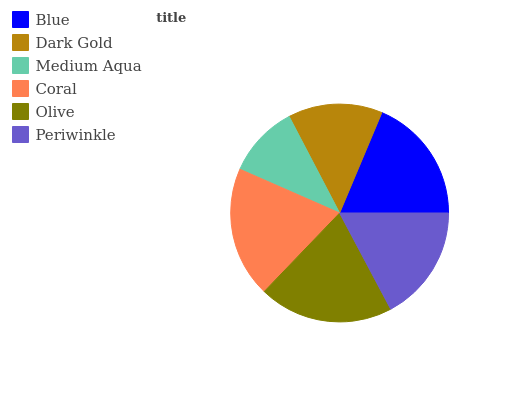
| Blue | Dark Gold | Medium Aqua | Coral | Olive | Periwinkle |
 | --- | --- | --- | --- | --- | --- |
 | 18.6% | 14% | 10.8% | 19.4% | 19.9% | 17.2% |